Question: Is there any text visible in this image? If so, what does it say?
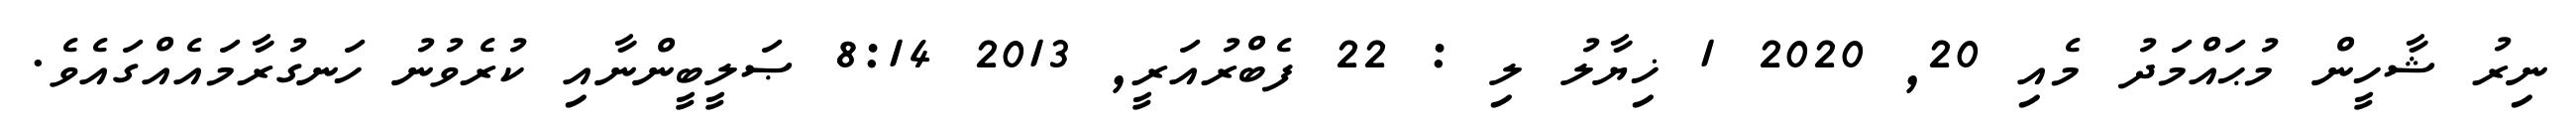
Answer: ނިރު ޝާހީން މުޙައްމަދު މެއި 20, 2020 1 ޚިޔާލު ލި : 22 ފެބްރުއަރީ, 2013 8:14 ޞަލީބީންނާއި ކުރެވުނު ހަނގުރާމައެއްގައެވެ.